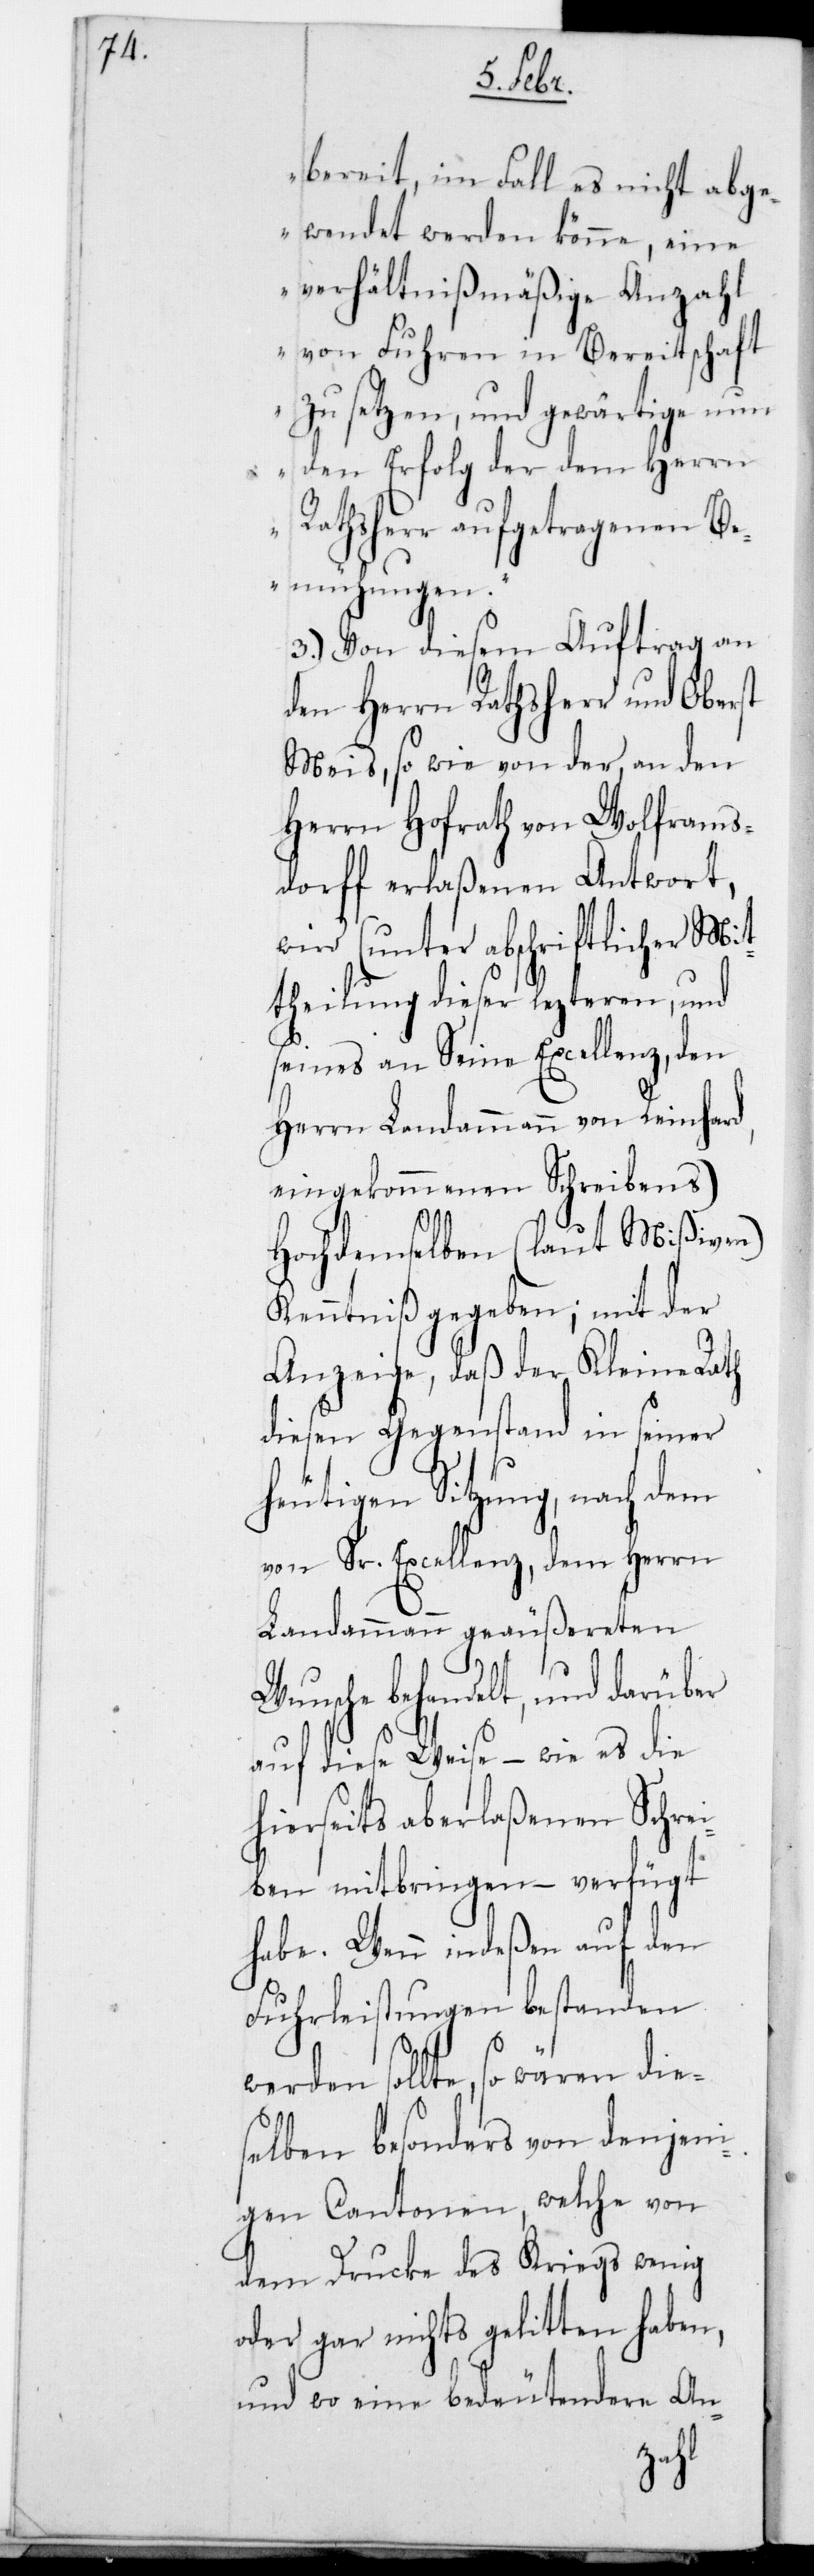
bereit, im Fall es nicht abge¬
wendet werden könne, eine
Verhältnißmäßige Anzahl
von Fuhren in Bereitschaft
zu setzen, und gewärtige nun
den Erfolg der dem Herrn
Rathsherr aufgetragenen B¬
emühungen“.
3.) Von diesem Auftrag an
den Herrn Rathsherr und Oberst
Meis, sowie von der an den
Herrn Hofrath von Wolframs¬
dorff erlaßenen Antwort,
wird (unter abschriftlicher Mit¬
theilung dieser lezteren und
seines an Seine Excellenz den
Herrn Landammann von Reinhard,
eingekommenen Schreibens)
Hochdemselben (laut Mißiven)
Kenntniß gegeben; mit der
Anzeige, daß der Kleine Rath
diesen Gegenstand in seiner
heutigen Sitzung, nach dem
von Sr. Excellenz dem Herrn
Landammann geäußereten
Wunsche behandelt, und darüber
auf diese Weise – wie es die
hierseits aberlaßenen Schrei¬
ben mitbringen , – verfügt
habe. Wenn indeßen auf den
Fuhrleistungen bestanden
te, so wären dies¬
soll¬
elben besonders von denjeni¬
gen Cantonen, welche von
dem Drucke des Kriegs wenig
oder gar nichts gelitten haben,
und wo eine bedeutendere An-